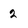
Character: 2